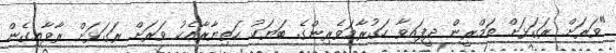
"ވަރަށް ރަގަޅަށް ތަމްރީން ދީފައިވާ ހަގުރާމަވެރިންގެ ބަޔަކު ހަތިޔާރާއެކު ވަރަށް ރަގަޅަށް ރާވާއިގެން